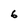
Character: 6